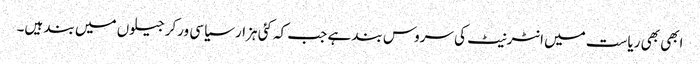
ابھی بھی ریاست میں انٹرنیٹ کی سروس بند ہے جب کہ کئی ہزار سیاسی ورکر جیلوں میں بند ہیں۔